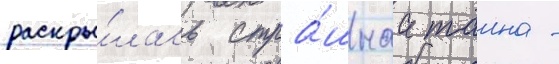
раскры́лась стра́шнаа таина -